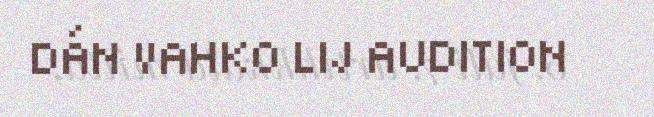
DÁN VAHKO LIJ AUDITION